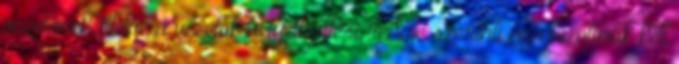
vezetőnek, illetve a vezetők helyettesítési rendje szerinti megbízottnak kell